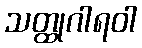
သတ္ထုဂါရဝါ